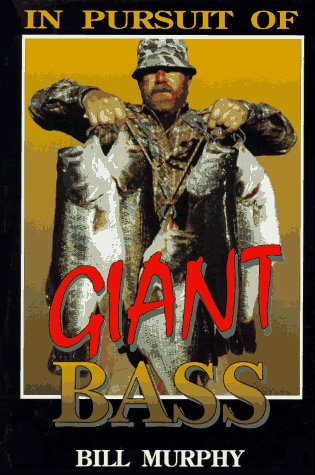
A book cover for In Pursuit of Giant Bass; Bill Murphy; Sports & Outdoors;